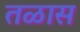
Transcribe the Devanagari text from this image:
तळास